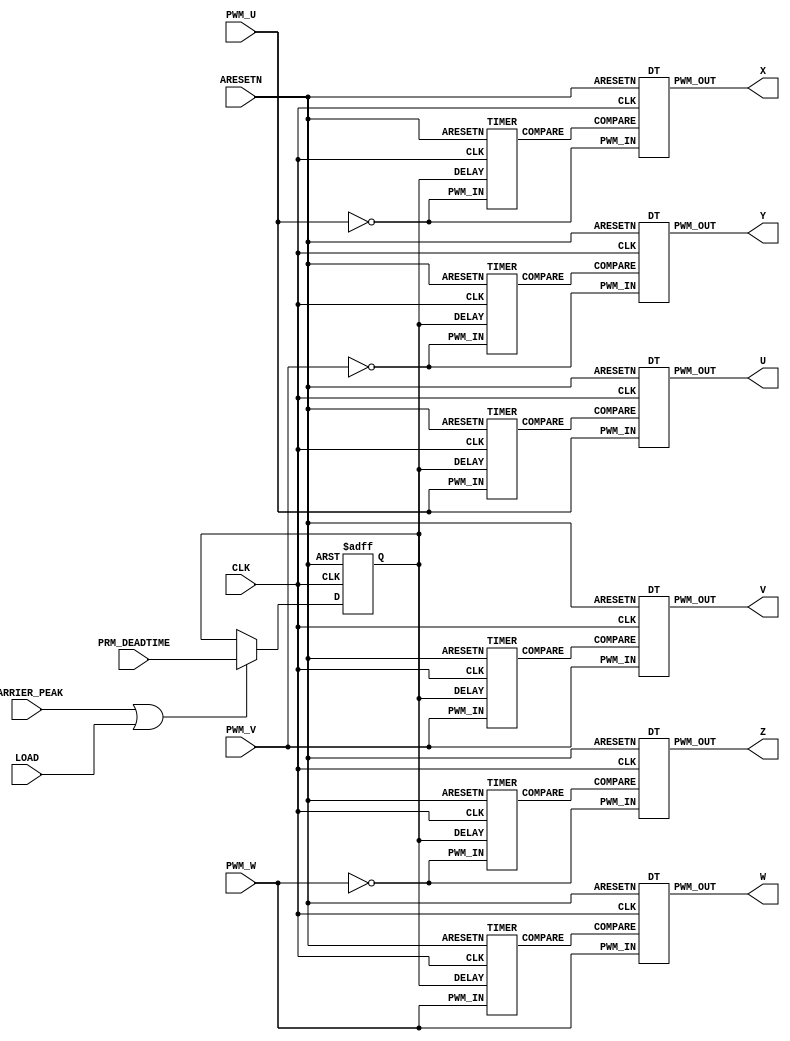
`default_nettype none

module DEADTIME (
    input wire CLK,
    input wire ARESETN,
    input wire CARRIER_PEAK,
    input wire[15:0] PRM_DEADTIME,
    input wire PWM_U,
    input wire PWM_V,
    input wire PWM_W,
    input wire LOAD,

    output wire U,V,W,X,Y,Z
);

reg [15:0] TMP_DEADTIME;

// DEADTIME paramter load
always @(posedge CLK or negedge ARESETN) begin
    if (!ARESETN) begin
        TMP_DEADTIME <= 16'd50;
    end
    else begin
        if (CARRIER_PEAK | LOAD) TMP_DEADTIME <= PRM_DEADTIME;
    end
end

wire PWM_X = !PWM_U;
wire PWM_Y = !PWM_V;
wire PWM_Z = !PWM_W;
wire COMPARE_U;
wire COMPARE_V;
wire COMPARE_W;
wire COMPARE_X;
wire COMPARE_Y;
wire COMPARE_Z;

TIMER TIMER_U( .CLK(CLK), .ARESETN(ARESETN), .DELAY(TMP_DEADTIME), .PWM_IN(PWM_U), .COMPARE(COMPARE_U));
TIMER TIMER_V( .CLK(CLK), .ARESETN(ARESETN), .DELAY(TMP_DEADTIME), .PWM_IN(PWM_V), .COMPARE(COMPARE_V));
TIMER TIMER_W( .CLK(CLK), .ARESETN(ARESETN), .DELAY(TMP_DEADTIME), .PWM_IN(PWM_W), .COMPARE(COMPARE_W));
TIMER TIMER_X( .CLK(CLK), .ARESETN(ARESETN), .DELAY(TMP_DEADTIME), .PWM_IN(PWM_X), .COMPARE(COMPARE_X));
TIMER TIMER_Y( .CLK(CLK), .ARESETN(ARESETN), .DELAY(TMP_DEADTIME), .PWM_IN(PWM_Y), .COMPARE(COMPARE_Y));
TIMER TIMER_Z( .CLK(CLK), .ARESETN(ARESETN), .DELAY(TMP_DEADTIME), .PWM_IN(PWM_Z), .COMPARE(COMPARE_Z));

DT DT_U(.CLK(CLK),.ARESETN(ARESETN),.PWM_IN(PWM_U), .COMPARE(COMPARE_U), .PWM_OUT(U));
DT DT_V(.CLK(CLK),.ARESETN(ARESETN),.PWM_IN(PWM_V), .COMPARE(COMPARE_V), .PWM_OUT(V));
DT DT_W(.CLK(CLK),.ARESETN(ARESETN),.PWM_IN(PWM_W), .COMPARE(COMPARE_W), .PWM_OUT(W));
DT DT_X(.CLK(CLK),.ARESETN(ARESETN),.PWM_IN(PWM_X), .COMPARE(COMPARE_X), .PWM_OUT(X));
DT DT_Y(.CLK(CLK),.ARESETN(ARESETN),.PWM_IN(PWM_Y), .COMPARE(COMPARE_Y), .PWM_OUT(Y));
DT DT_Z(.CLK(CLK),.ARESETN(ARESETN),.PWM_IN(PWM_Z), .COMPARE(COMPARE_Z), .PWM_OUT(Z));

endmodule

module TIMER(
    input wire CLK,
    input wire ARESETN,
    input wire[15:0] DELAY,
    input wire PWM_IN,
    output wire COMPARE
);

reg PWM_IN0, PWM_IN1;
wire POSEDGE_DETECT;
wire NEGEDGE_DETECT;

// POS edge & NEG edge detection.
always @(posedge CLK or negedge ARESETN) begin
    if (!ARESETN) begin
        PWM_IN0 <= 1'b0;
        PWM_IN1 <= 1'b0;
    end
    else begin
        PWM_IN0 <= PWM_IN;
        PWM_IN1 <= PWM_IN0;
    end
end
assign POSEDGE_DETECT = PWM_IN0 & (!PWM_IN1);
assign NEGEDGE_DETECT = (!PWM_IN0) & PWM_IN1;

reg [15:0] COUNT;
reg EN_COUNTUP;

// Enable countup generator.
always @(posedge CLK or negedge ARESETN) begin
    if (!ARESETN) begin
        EN_COUNTUP <= 1'b0;
    end
    else begin
        if (POSEDGE_DETECT) EN_COUNTUP <= 1'b1;
        else if ((COUNT == DELAY) | NEGEDGE_DETECT) EN_COUNTUP <= 1'b0;            
    end
end

// countup & compare count with deadtime the paramter.
always @(posedge CLK or negedge ARESETN) begin
    if (!ARESETN) begin
        COUNT <= 16'b0;
    end
    else begin
        if (COUNT == DELAY) COUNT <= 16'b0; 
        else if (EN_COUNTUP) COUNT <= COUNT + 1'b1;
        else COUNT <= 16'b0;
    end
end
assign COMPARE = (COUNT == DELAY);

endmodule


// ON DELAY dead time generator
module DT(
    input wire CLK,
    input wire ARESETN,
    input wire PWM_IN,
    input wire COMPARE,
    output wire PWM_OUT
);

reg PWM_TMP;

// Generate ON-delay pulse 
always @(posedge CLK or negedge ARESETN) begin
    if (!ARESETN) begin
        PWM_TMP <= 1'b0;
    end
    else begin
        if (!PWM_IN) PWM_TMP <= 1'b0;
        else if ((PWM_IN & COMPARE) | PWM_TMP ) PWM_TMP <= 1'b1;
    end
end
assign PWM_OUT = PWM_IN & PWM_TMP;

endmodule
`default_nettype wire